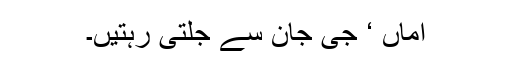
اماں ‘ جی جان سے جلتی رہتیں۔